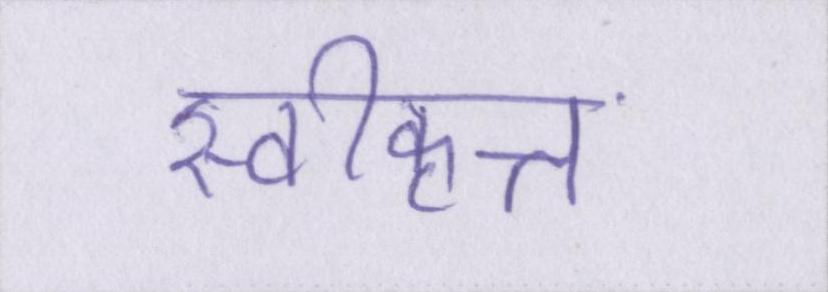
स्वीकृत्त